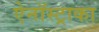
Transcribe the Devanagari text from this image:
ऐनॉस्ट्राका